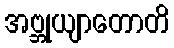
အဗ္ဘုယျာတောတိ